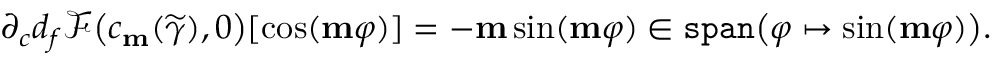
\partial _ { c } d _ { f } \mathscr { F } \big ( c _ { \mathbf { m } } ( \widetilde { \gamma } ) , 0 \big ) [ \cos ( \mathbf { m } \varphi ) ] = - \mathbf { m } \sin ( \mathbf { m } \varphi ) \in \mathtt { s p a n } \big ( \varphi \mapsto \sin ( \mathbf { m } \varphi ) \big ) .